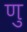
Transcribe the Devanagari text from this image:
णु